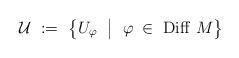
LaTeX: \begin{align*}{\mathcal U} \ := \ \left\{ U_\varphi \ \bigm| \ \varphi\;\in\;{\rm Diff} \ M\right\}\end{align*}